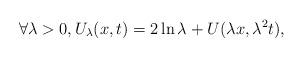
LaTeX: \begin{align*}\forall \lambda > 0, U_\lambda(x, t) = 2\ln\lambda + U(\lambda x, \lambda^2 t),\end{align*}